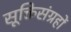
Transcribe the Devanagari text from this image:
सूक्तिसंग्रहों